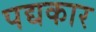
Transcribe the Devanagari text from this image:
पद्यकार